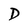
Character: D